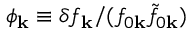
\phi _ { \mathbf { k } } \equiv \delta f _ { \mathbf { k } } / ( f _ { 0 \mathbf { k } } \tilde { f } _ { 0 \mathbf { k } } )